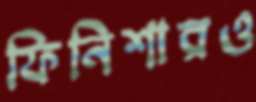
ফিনিশারও